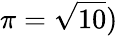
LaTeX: \pi={\sqrt{10}})